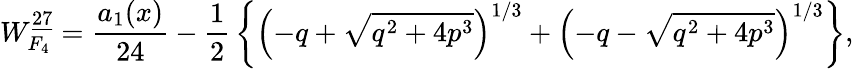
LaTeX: W_{F_{4}}^{\underline{{{27}}}}={\frac{a_{1}(x)}{24}}-{\frac{1}{2}}\left\{ \left(-q+\sqrt{q^{2}+4p^{3}}\right)^{1/3}+\left(-q-\sqrt{q^{2}+4p^{3}}\right)^{1/3}\right\} ,